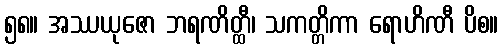
၅၈။ အဿယုဇော ဘရဏိတ္ထီ၊ သကတ္တိကာ ရောဟိဏီ ပိစ။